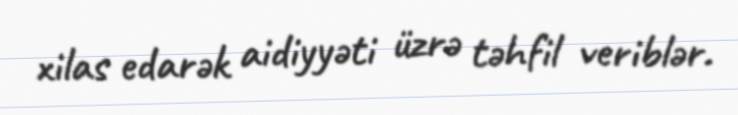
xilas edarək aidiyyəti üzrə təhfil veriblər.